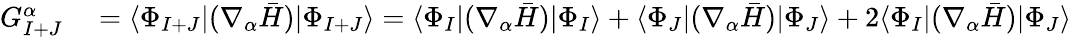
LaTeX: \begin{array}{rl}{G_{I+J}^{\alpha}}&{{}=\langle\Phi_{I+J}|(\nabla_{\alpha}\bar{H})|\Phi_{I+J}\rangle=\langle\Phi_{I}|(\nabla_{\alpha}\bar{H})|\Phi_{I}\rangle+\langle\Phi_{J}|(\nabla_{\alpha}\bar{H})|\Phi_{J}\rangle+2\langle\Phi_{I}|(\nabla_{\alpha}\bar{H})|\Phi_{J}\rangle}\end{array}